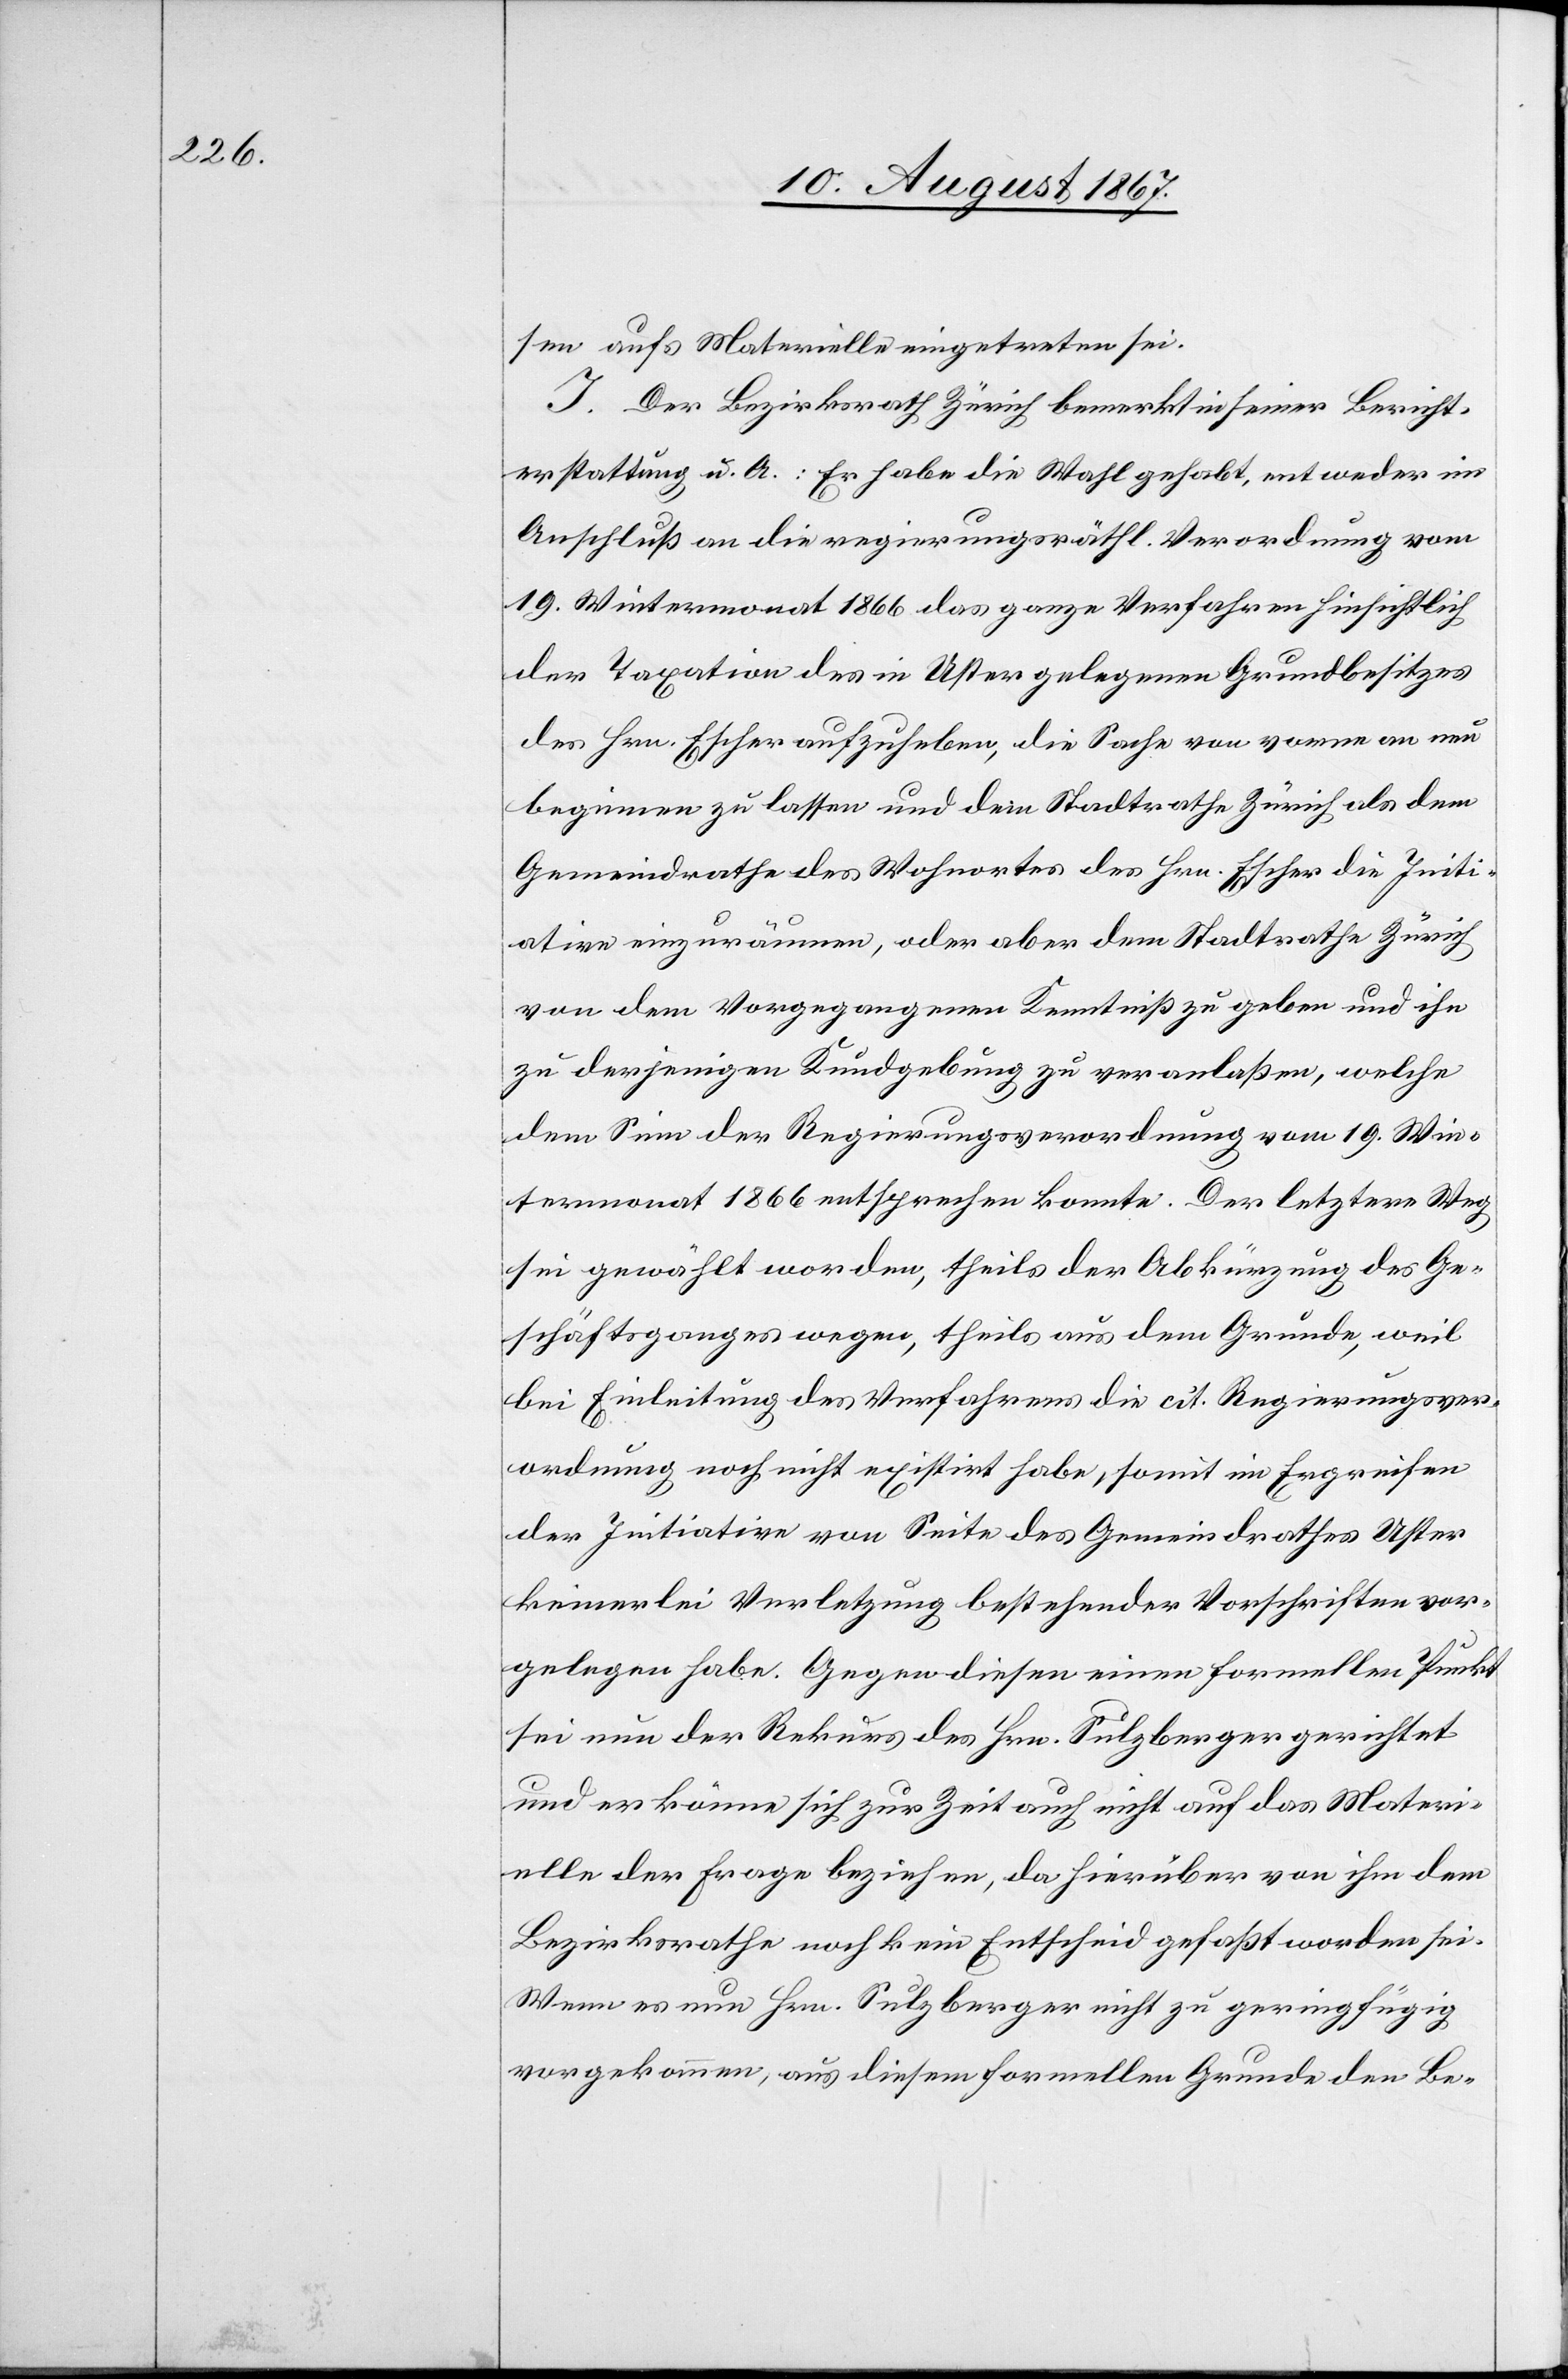
sen aufs Materielle eingetreten sei.
I. Der Bezirksrath Zürich bemerkt in seiner Bericht¬
erstattung u. A.: Er habe die Wahl gehabt, entweder im
Anschluß an die regierungsräthl. Verordnung vom
19. Wintermonat 1866 das ganze Verfahren hinsichtlich
der Taxation des in Uster gelegenen Grundbesitzes
des Hrn. Escher-Hotz aufzuheben, die Sache von vorne an neu
beginnen zu lassen und dem Stadtrathe Zürich als dem
Gemeindrathe des Wohnortes des Hrn. Escher die Initi¬
ative einzuräumen, oder aber dem Stadtrathe Zürich
von dem Vorgegangenen Kenntniß zu geben und ihn
zu derjenigen Kundgebung zu veranlaßen, welche
dem Sinn der Regierungsverordnung vom 19. Win¬
termonat 1866 entsprechen konnte. Der letztere Weg
sei gewählt worden, theils der Abkürzung des Ge¬
schäftsganges wegen, theils aus dem Grunde, weil
bei Einleitung des Verfahrens die cit. Regierungsver¬
ordnung noch nicht existirt habe, somit im Ergreifen
der Initiative von Seite des Gemeindrathes Uster
keinerlei Verletzung bestehender Vorschriften vor¬
gelegen habe. Gegen diesen einen formellen Punkt
sei nun der Rekurs des Hrn. Sulzberger gerichtet
und er könne sich zur Zeit auch nicht auf das Materi¬
elle der Frage beziehen, da hierüber von ihm, dem
Bezirksrathe, noch kein Entscheid gefaßt worden sei.
Wenn es nun Hrn. Sulzberger nicht zu geringfügig
vorgekommen, aus diesem formellen Grunde den Be-